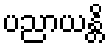
ပညာယန္တိ